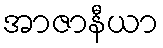
အာဇာနီယာ